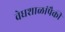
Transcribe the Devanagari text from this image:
वेधशाळांपैकी